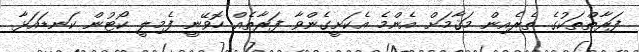
ފަރާތްތަކުގެ ތެރެއިން މަޤާމަށް އެންމެ އެކަށީގެންވާ ފަރާތެއް ހޮވޭނީ ފެމިލީ ކޯޓުން ކަނޑައަޅާ